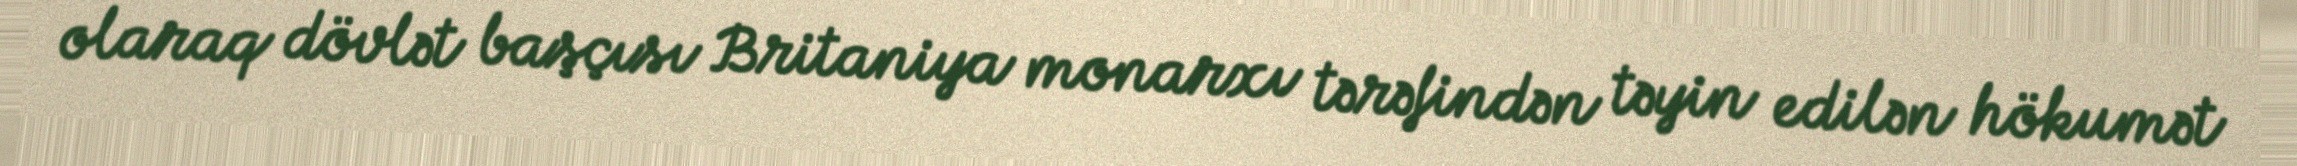
olaraq dövlət başçısı Britaniya monarxı tərəfindən təyin edilən hökumət